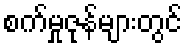
စက်မှုဇုန်များတွင်